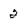
Character: 2